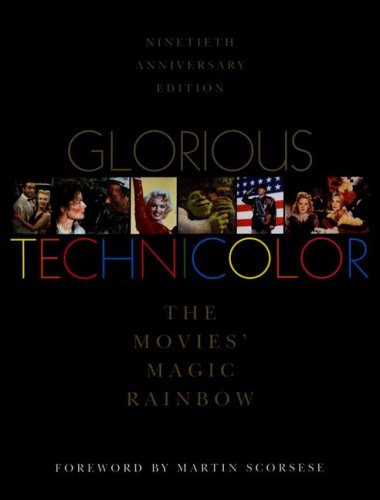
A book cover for Glorious Technicolor: The Movies' Magic Rainbow; Ninetieth Anniversary Edition; Fred E. Basten; Arts & Photography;